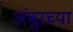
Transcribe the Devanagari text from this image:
अंबुरच्या